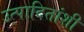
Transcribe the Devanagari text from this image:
उत्पादितांशी